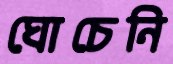
ঘোচেনি